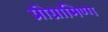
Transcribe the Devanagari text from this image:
प्रोग्रामिण्ग